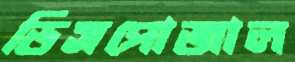
ডিসপোজাল